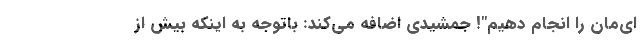
ای‌مان را انجام دهیم"! جمشیدی اضافه می‌کند: باتوجه به اینکه بیش از